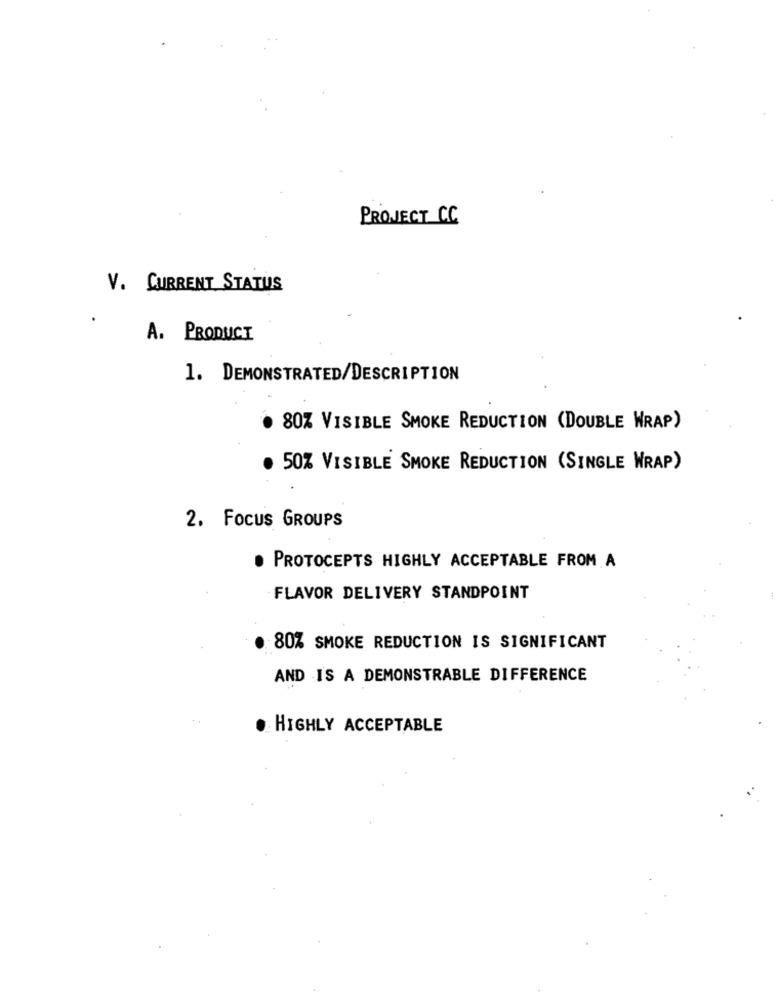
PROJECT CC
V. CURRENT STATUS
A. PRODUCT
1. DEMONSTRATED/DESCRIPTION
80% VISIBLE SMOKE REDUCTION (DOUBLE WRAP)
. 50% VISIBLE SMOKE REDUCTION (SINGLE WRAP)
2. FOCUS GROUPS
. PROTOCEPTS HIGHLY ACCEPTABLE FROM A
FLAVOR DELIVERY STANDPOINT
80% SMOKE REDUCTION IS SIGNIFICANT
AND IS A DEMONSTRABLE DIFFERENCE
HIGHLY ACCEPTABLE